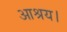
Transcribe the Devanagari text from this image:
आश्रय।